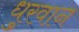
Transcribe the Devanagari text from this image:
धुरवान